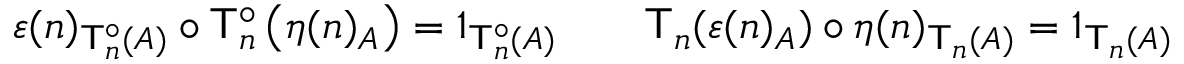
\begin{array} { r l r } { \varepsilon ( n ) _ { \mathsf { T } _ { n } ^ { \circ } ( A ) } \circ \mathsf { T } _ { n } ^ { \circ } \left( \eta ( n ) _ { A } \right) = 1 _ { \mathsf { T } _ { n } ^ { \circ } ( A ) } } & { } & { \mathsf { T } _ { n } ( \varepsilon ( n ) _ { A } ) \circ \eta ( n ) _ { \mathsf { T } _ { n } ( A ) } = 1 _ { \mathsf { T } _ { n } ( A ) } } \end{array}